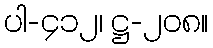
ပါ-၄၁၂၊ ဋ္ဌ-၂၀၈။